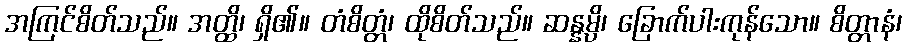
အကြင်စိတ်သည်။ အတ္ထိ၊ ရှိ၏။ တံစိတ္တံ၊ ထိုစိတ်သည်။ ဆန္နမ္ပိ၊ ခြောက်ပါးကုန်သော။ စိတ္တာနံ၊